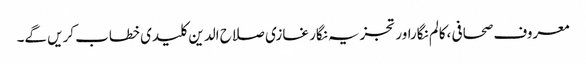
معروف صحافی ،کالم نگاراور تجزیہ نگار غازی صلاح الدین کلیدی خطاب کریں گے۔